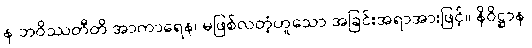
န ဘဝိဿတီတိ အာကာရေန၊ မဖြစ်လတံ့ဟူသော အခြင်းအရာအားဖြင့်။ နိဝိဋ္ဌာန၊